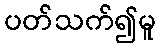
ပတ်သက်၍မူ